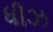
ધીઝ